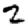
Digit: 2